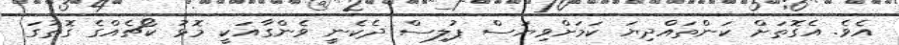
އެވެ. އެގޮތަށް ކަންތައްދިޔަ ކަމަށްވިޔަސް ޕުލިސް ދެކެނީ ވެންގާއަކީ މޮޅު ކޯޗެއްގެ ގޮތުގަ